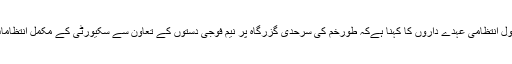
ضلع خیبر کے سول انتظامی عہدے داروں کا کہنا ہےکہ طورخم کی سرحدی گزرگاہ پر نیم فوجی دستوں کے تعاون سے سکیورٹی کے مکمّل انتظامات کیے گئے ہیں۔